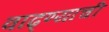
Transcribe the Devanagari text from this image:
वाढ्ण्याची